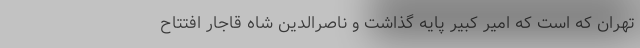
تهران که است که امیر کبیر پایه گذاشت و ناصرالدین شاه قاجار افتتاح